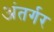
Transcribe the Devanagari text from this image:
अंतर्गर